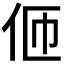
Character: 𠇽